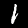
Digit: 1